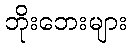
ဘိုးဘေးများ